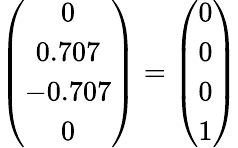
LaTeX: \left(\begin{array}{c}{0}\\ {0.707}\\ {-0.707}\\ {0}\end{array}\right)=\left(\begin{array}{l}{0}\\ {0}\\ {0}\\ {1}\end{array}\right)